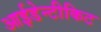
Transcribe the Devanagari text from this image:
आईडेन्टीकिट